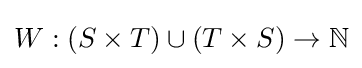
W:(S\times T)\cup (T\times S)\to \mathbb {N}